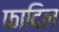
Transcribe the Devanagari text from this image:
फादिल